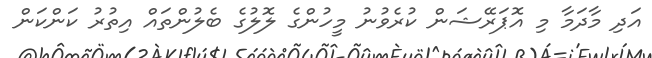
އަދި މާދަމާ މި އޮޕަރޭޝަން ކުރެވުނު މީހުންގެ ލޮލުގެ ބެލުންތައް އިތުރު ކަންކަން